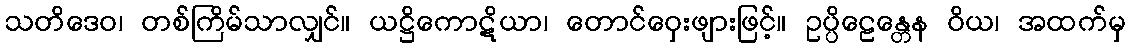
သတိဒေဝ၊ တစ်ကြိမ်သာလျှင်။ ယဋ္ဌိကောဋိယာ၊ တောင်ဝှေးဖျားဖြင့်။ ဥပ္ပိဠေန္တေန ဝိယ၊ အထက်မှ